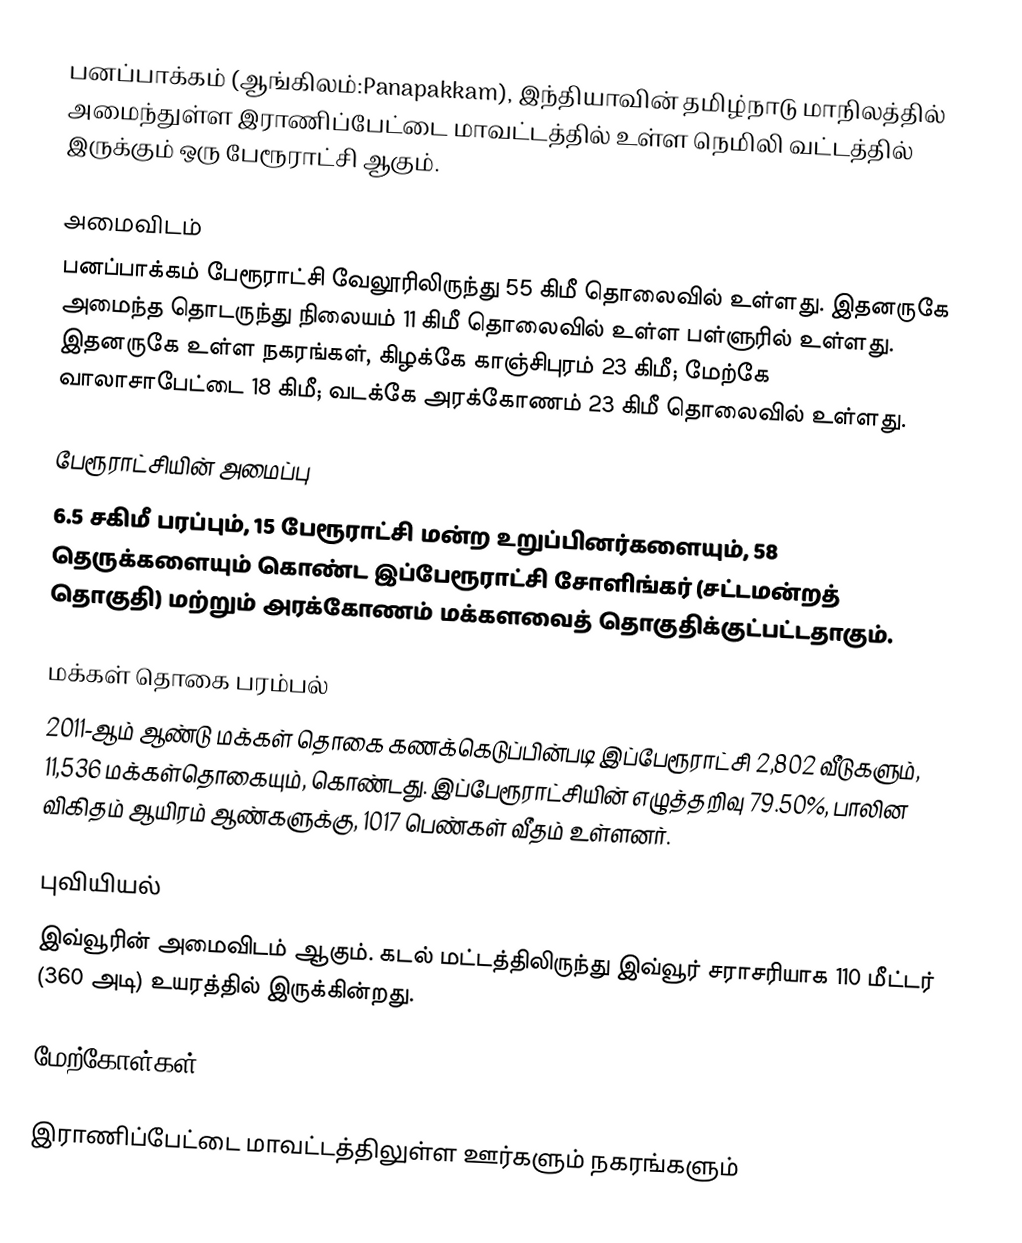
பனப்பாக்கம் (ஆங்கிலம்:Panapakkam), இந்தியாவின் தமிழ்நாடு மாநிலத்தில் அமைந்துள்ள இராணிப்பேட்டை மாவட்டத்தில் உள்ள நெமிலி வட்டத்தில்  இருக்கும் ஒரு பேரூராட்சி ஆகும்.

அமைவிடம்
பனப்பாக்கம் பேரூராட்சி வேலூரிலிருந்து 55 கிமீ தொலைவில் உள்ளது. இதனருகே அமைந்த தொடருந்து நிலையம் 11 கிமீ தொலைவில் உள்ள பள்ளுரில் உள்ளது. இதனருகே உள்ள நகரங்கள், கிழக்கே காஞ்சிபுரம் 23 கிமீ; மேற்கே வாலாசாபேட்டை  18 கிமீ; வடக்கே அரக்கோணம் 23 கிமீ தொலைவில் உள்ளது.

பேரூராட்சியின் அமைப்பு
6.5 சகிமீ பரப்பும், 15  பேரூராட்சி மன்ற உறுப்பினர்களையும், 58 தெருக்களையும்  கொண்ட இப்பேரூராட்சி சோளிங்கர்  (சட்டமன்றத் தொகுதி) மற்றும் அரக்கோணம் மக்களவைத் தொகுதிக்குட்பட்டதாகும்.

மக்கள் தொகை பரம்பல்
2011-ஆம் ஆண்டு மக்கள் தொகை கணக்கெடுப்பின்படி இப்பேரூராட்சி  2,802   வீடுகளும், 11,536 மக்கள்தொகையும், கொண்டது. இப்பேரூராட்சியின் எழுத்தறிவு    79.50%,  பாலின விகிதம்  ஆயிரம் ஆண்களுக்கு, 1017 பெண்கள் வீதம் உள்ளனர்.

புவியியல்
இவ்வூரின் அமைவிடம்  ஆகும். கடல் மட்டத்திலிருந்து இவ்வூர் சராசரியாக 110 மீட்டர் (360 அடி) உயரத்தில் இருக்கின்றது.

மேற்கோள்கள்

இராணிப்பேட்டை மாவட்டத்திலுள்ள ஊர்களும் நகரங்களும்